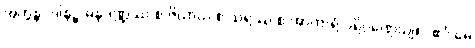
အက္ကန္တပဒါနဉ္စ ဓနုဒဏ္ဍဿ စ ဇိယာယ စ သရဿ စ အာကာရံ ပရိဂ္ဂဏှေယျ။ “ဧဝံ မေ